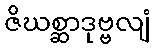
ဇိဃစ္ဆာဒုဗ္ဗလျံ